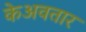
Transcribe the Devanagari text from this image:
केअवतार